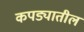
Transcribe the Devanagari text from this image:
कपड्यातील